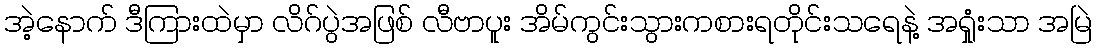
အဲ့နောက် ဒီကြားထဲမှာ လိဂ်ပွဲအဖြစ် လီဗာပူး အိမ်ကွင်းသွားကစားရတိုင်းသရေနဲ့ အရှုံးသာ အမြဲ